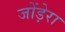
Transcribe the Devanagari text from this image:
जोंड़ेरा